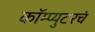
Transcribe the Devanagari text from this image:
कॉम्प्युटरचं